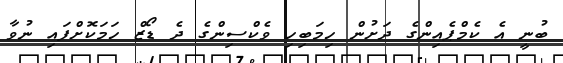
ބުނީ އެ ކެމްޕެއިންގެ ދަށުން ހިމަބިހި ވެކްސިންގެ ދެ ޑޯޒް ހަމަކޮށްފައި ނުވާ